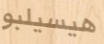
هيسيلبو